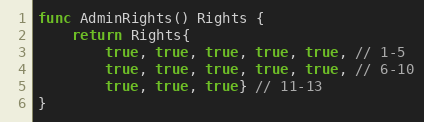
Language: Go
func AdminRights() Rights {
	return Rights{
		true, true, true, true, true, // 1-5
		true, true, true, true, true, // 6-10
		true, true, true} // 11-13
}